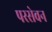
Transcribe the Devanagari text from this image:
परसेवन